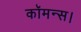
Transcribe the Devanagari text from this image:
कॉमन्स।